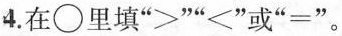
4.在○里填”>””<”或”=”。